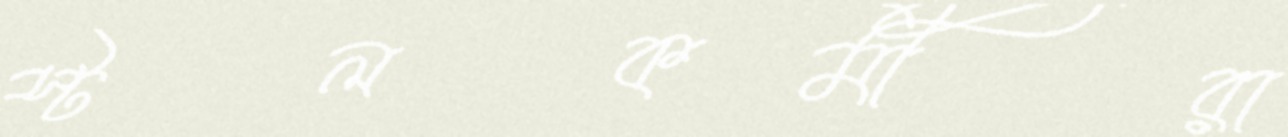
স্টলকর্মীরা